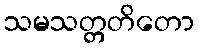
သမသတ္တတိတော